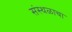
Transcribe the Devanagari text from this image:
संस्थळाचा